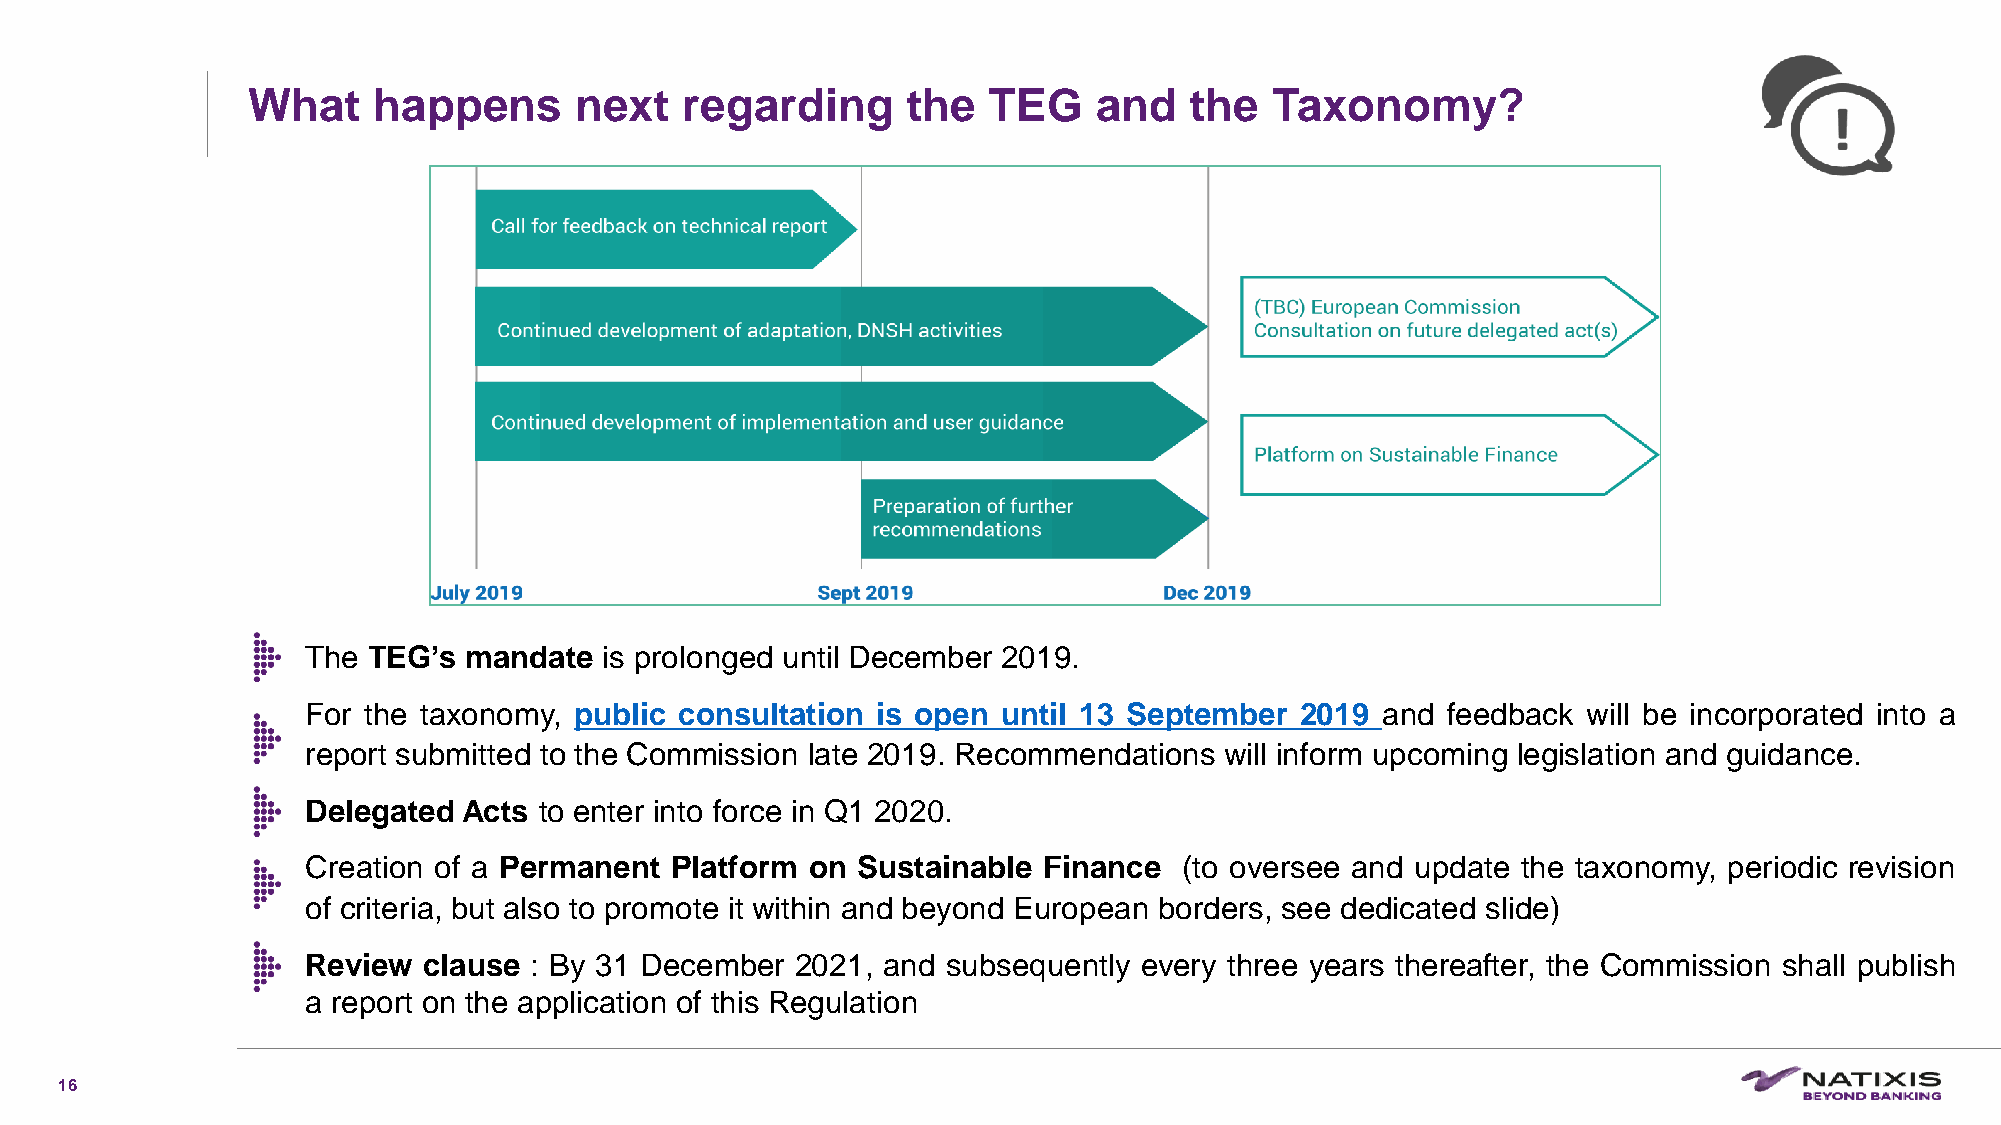
What     happens      next   regarding      the  TEG     and   the  Taxonomy?
 The TEG’s  mandate  is prolonged until December 2019.
 For the taxonomy, public consultation is open until 13 September  2019 and  feedback will be incorporated into a
 report submitted to the Commission late 2019. Recommendations will inform upcoming legislation and guidance.
 Delegated  Acts to enter into force in Q1 2020.
 Creation of a Permanent Platform  on Sustainable Finance  (to oversee and update the taxonomy, periodic revision
 of criteria, but also to promote it within and beyond European borders, see dedicated slide)
 Review  clause : By 31 December  2021, and subsequently every three years thereafter, the Commission shall publish
 a report on the application of this Regulation
 16
 C1-PublicNat